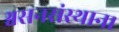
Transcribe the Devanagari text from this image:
श्वसनसंस्थान।